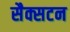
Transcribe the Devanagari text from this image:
सैक्सटन